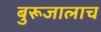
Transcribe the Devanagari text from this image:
बुरूजालाच